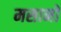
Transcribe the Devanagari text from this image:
मसानों